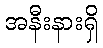
အနီးနားရှိ